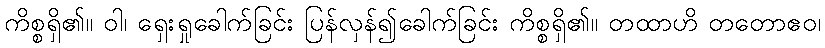
ကိစ္စရှိ၏။ ဝါ၊ ရှေးရှုခေါက်ခြင်း ပြန်လှန်၍ခေါက်ခြင်း ကိစ္စရှိ၏။ တထာဟိ တတောဧဝ၊